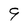
Character: 9